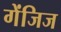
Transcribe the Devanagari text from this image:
गेंजिज